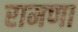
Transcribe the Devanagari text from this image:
रामणा